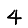
Digit: 4